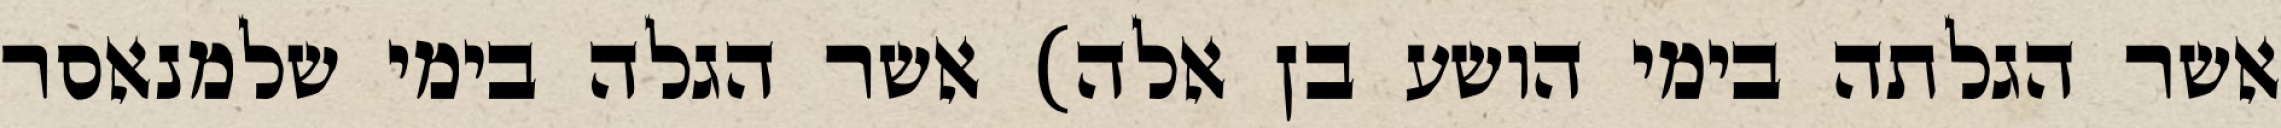
אשר הגלתה בימי הושע בן אלה) אשר הגלה בימי שלמנאסר